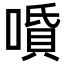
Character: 𠼠